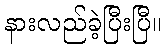
နားလည်ခဲ့ပြီးပြီ။